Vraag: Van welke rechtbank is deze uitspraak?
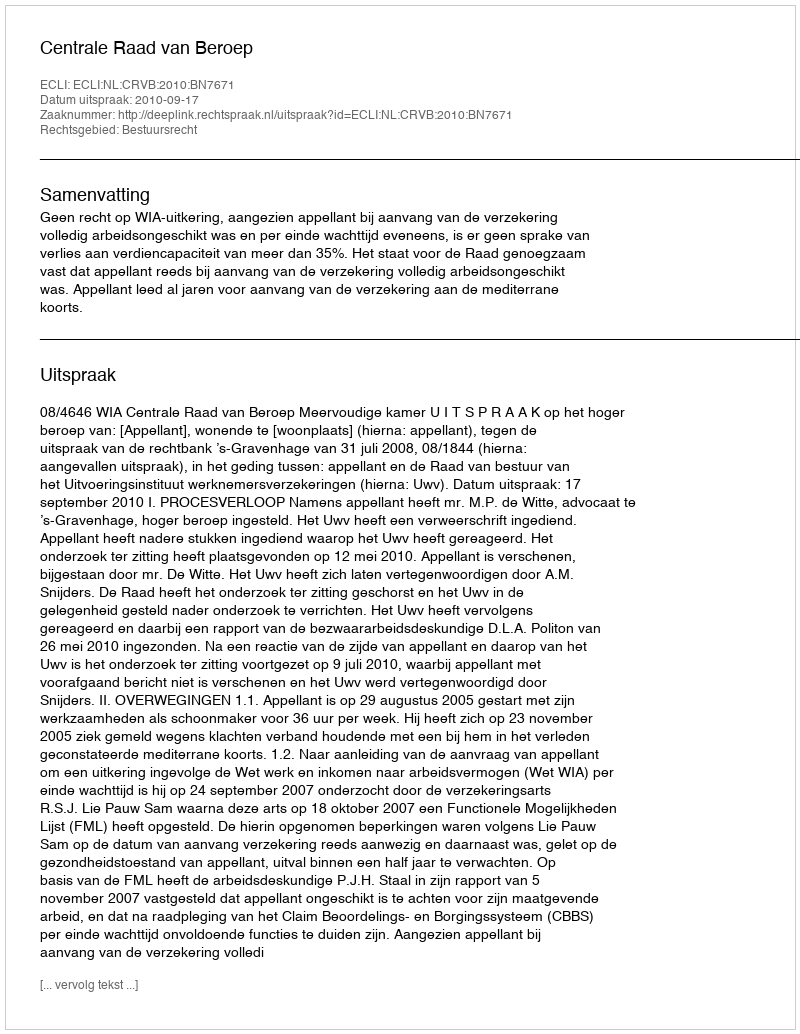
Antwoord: Centrale Raad van Beroep